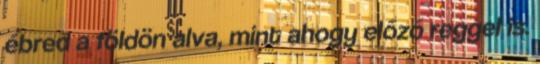
ébred a földön alva, mint ahogy előző reggel is.